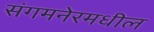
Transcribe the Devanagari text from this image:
संगमनेरमधील